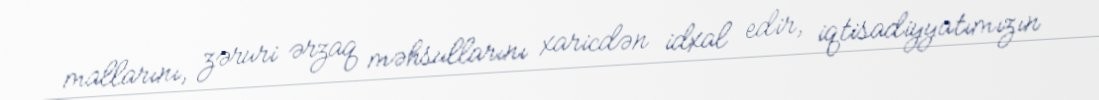
mallarını, zəruri ərzaq məhsullarını xaricdən idxal edir, iqtisadiyyatımızın